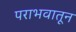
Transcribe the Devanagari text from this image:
पराभवातून